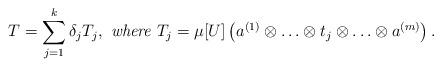
LaTeX: \begin{align*}T = \sum_{j = 1}^k \delta_j T_j, \textit{ where } T_j = \mu[U]\left(a^{(1)}\otimes \ldots \otimes t_j\otimes\ldots\otimes a^{(m)}\right).\end{align*}